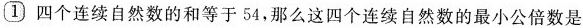
1 四个连续自然数的和等于54，那么这四个连续自然数的最小公倍数是